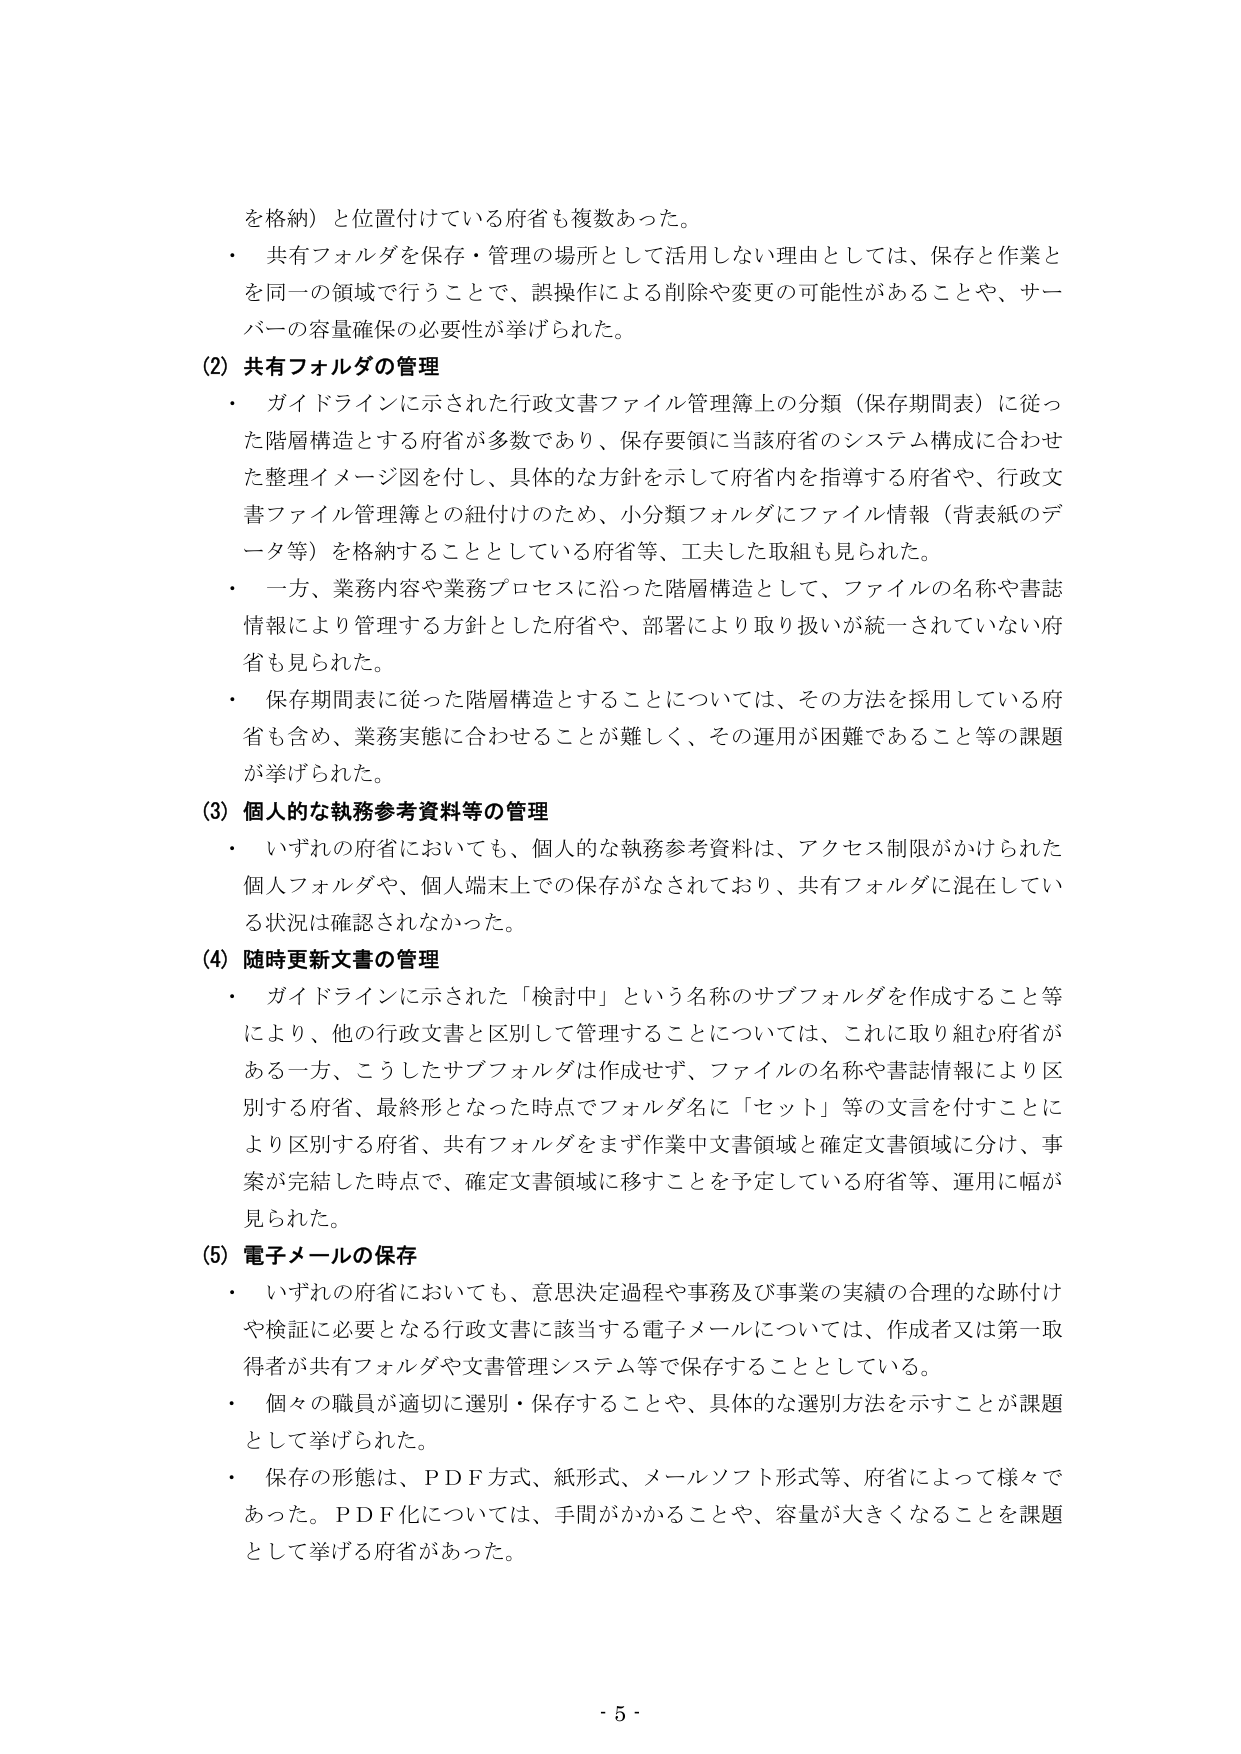
を格納）と位置付けている府省も複数あった。
・ 共有フォルダを保存・管理の場所として活用しない理由としては、保存と作業と
を同一の領域で行うことで、誤操作による削除や変更の可能性があることや、サー
バーの容量確保の必要性が挙げられた。
(2) 共有フォルダの管理
・ ガイドラインに示された行政文書ファイル管理簿上の分類（保存期間表）に従っ
た階層構造とする府省が多数であり、保存要領に当該府省のシステム構成に合わせ
た整理イメージ図を付し、具体的な方針を示して府省内を指導する府省や、行政文
書ファイル管理簿との紐付けのため、小分類フォルダにファイル情報（背表紙のデ
ータ等）を格納することとしている府省等、工夫した取組も見られた。
・ 一方、業務内容や業務プロセスに沿った階層構造として、ファイルの名称や書誌
情報により管理する方針とした府省や、部署により取り扱いが統一されていない府
省も見られた。
・ 保存期間表に従った階層構造とすることについては、その方法を採用している府
省も含め、業務実態に合わせることが難しく、その運用が困難であること等の課題
が挙げられた。
(3) 個人的な執務参考資料等の管理
・ いずれの府省においても、個人的な執務参考資料は、アクセス制限がかけられた
個人フォルダや、個人端末上での保存がなされており、共有フォルダに混在してい
る状況は確認されなかった。
(4) 随時更新文書の管理
・ ガイドラインに示された「検討中」という名称のサブフォルダを作成すること等
により、他の行政文書と区別して管理することについては、これに取り組む府省が
ある一方、こうしたサブフォルダは作成せず、ファイルの名称や書誌情報により区
別する府省、最終形となった時点でフォルダ名に「セット」等の文言を付すことによ
り区別する府省、共有フォルダをまず作業中文書領域と確定文書領域に分け、事
案が完結した時点で、確定文書領域に移すことを予定している府省等、運用に幅が
見られた。
(5) 電子メールの保存
・ いずれの府省においても、意思決定過程や事務及び事業の実績の合理的な跡付け
や検証に必要となる行政文書に該当する電子メールについては、作成者又は第一取
得者が共有フォルダや文書管理システム等で保存することとしている。
・ 個々の職員が適切に選別・保存することや、具体的な選別方法を示すことが課題
として挙げられた。
・ 保存の形態は、ＰＤＦ方式、紙形式、メールソフト形式等、府省によって様々で
あった。ＰＤＦ化については、手間がかかることや、容量が大きくなることを課題
として挙げる府省があった。
- 5 -